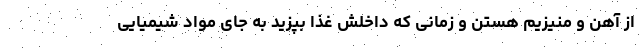
از آهن و منیزیم هستن و زمانی که داخلش غذا بپزید به جای مواد شیمیایی